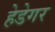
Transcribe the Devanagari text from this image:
हेडेगर